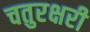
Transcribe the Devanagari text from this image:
चतुरक्षरी